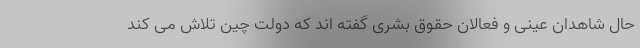
حال شاهدان عینی و فعالان حقوق بشری گفته اند که دولت چین تلاش می کند